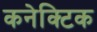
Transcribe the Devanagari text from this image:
कनेक्टिक